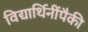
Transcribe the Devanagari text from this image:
विद्यार्थिनींपैकी